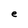
Character: e